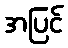
အပြင်